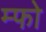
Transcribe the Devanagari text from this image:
म्फो